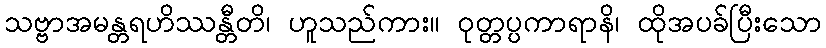
သဗ္ဗာအမန္တရဟိဿန္တီတိ၊ ဟူသည်ကား။ ဝုတ္တပ္ပကာရာနိ၊ ထိုအပခ်ပြီးသော